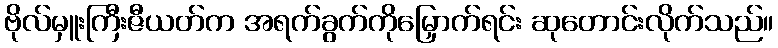
ဗိုလ်မှူးကြီးဇီယတ်က အရက်ခွက်ကိုမြှောက်ရင်း ဆုတောင်းလိုက်သည်။